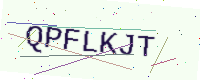
Text: QPFLKJT